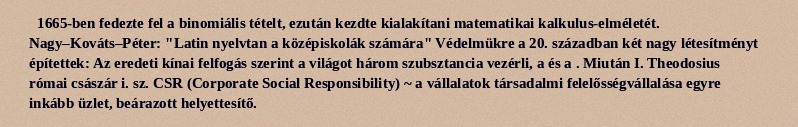
1665-ben fedezte fel a binomiális tételt, ezután kezdte kialakítani matematikai kalkulus-elméletét. Nagy–Kováts–Péter: "Latin nyelvtan a középiskolák számára" Védelmükre a 20. században két nagy létesítményt építettek: Az eredeti kínai felfogás szerint a világot három szubsztancia vezérli, a és a . Miután I. Theodosius római császár i. sz. CSR (Corporate Social Responsibility) ~ a vállalatok társadalmi felelősségvállalása egyre inkább üzlet, beárazott helyettesítő.